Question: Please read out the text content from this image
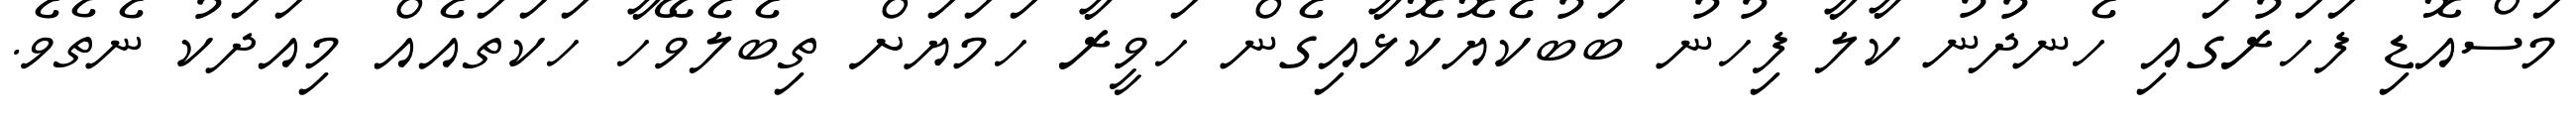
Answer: މަސްއޮޑި ފަހަރުގައި ހެނދުނު ކާލާ ފިހުނު ބަބުކެޔޮކޮޅާއިގެން ހަވީރާ ހަމަޔަށް ތިބެލެވޭހާ ހަކަތައެއް މިއަދަކު ނެތެވެ.